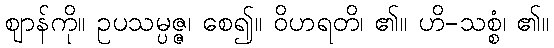
ဈာန်ကို။ ဥပသမ္ပဇ္ဇ၊ စေ၍။ ဝိဟရတိ၊ ၏။ ဟိ-သစ္စံ၊ ၏။